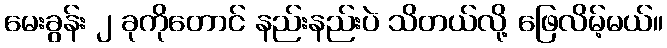
မေးခွန်း ၂ ခုကိုတောင် နည်းနည်းပဲ သိတယ်လို့ ဖြေလိမ့်မယ်။